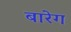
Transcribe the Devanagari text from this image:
बारेग